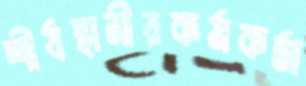
শীর্ষস্থানীয়কর্মকর্তা